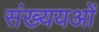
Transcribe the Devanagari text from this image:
संख्ययओं